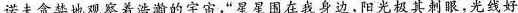
诺夫贪婪地观察着沿着的宇宙，”星星围在我身边，阳光极其刺眼，光线好